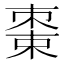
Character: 𬃔